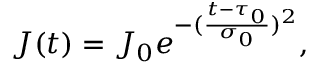
J ( t ) = J _ { 0 } e ^ { - ( \frac { t - \tau _ { 0 } } { \sigma _ { 0 } } ) ^ { 2 } } ,